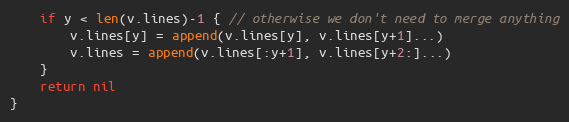
Language: Go
	if y < len(v.lines)-1 { // otherwise we don't need to merge anything
		v.lines[y] = append(v.lines[y], v.lines[y+1]...)
		v.lines = append(v.lines[:y+1], v.lines[y+2:]...)
	}
	return nil
}